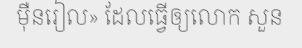
ម៉ឺនរៀល» ដែលធ្វើឲ្យលោក សួន